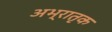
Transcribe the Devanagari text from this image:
अभ्रातृक